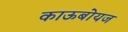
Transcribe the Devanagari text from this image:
काऊबोयज